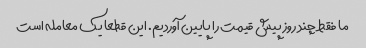
ما فقط چند روز پیش قیمت را پایین آوردیم. این قطعا یک معامله است